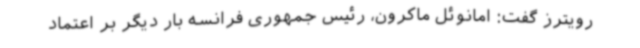
رویترز گفت: امانوئل ماکرون، رئیس جمهوری فرانسه بار دیگر بر اعتماد